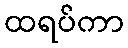
ထရပ်ကာ